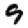
Digit: 9